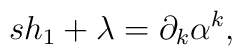
sh_{1}+\lambda =\partial _{k}\alpha ^{k},